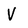
Character: V